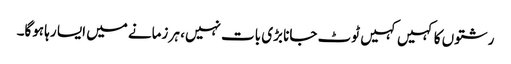
رشتوں کا کہیں کہیں ٹوٹ جانا بڑی بات نہیں، ہر زمانے میں ایسا رہا ہوگا۔